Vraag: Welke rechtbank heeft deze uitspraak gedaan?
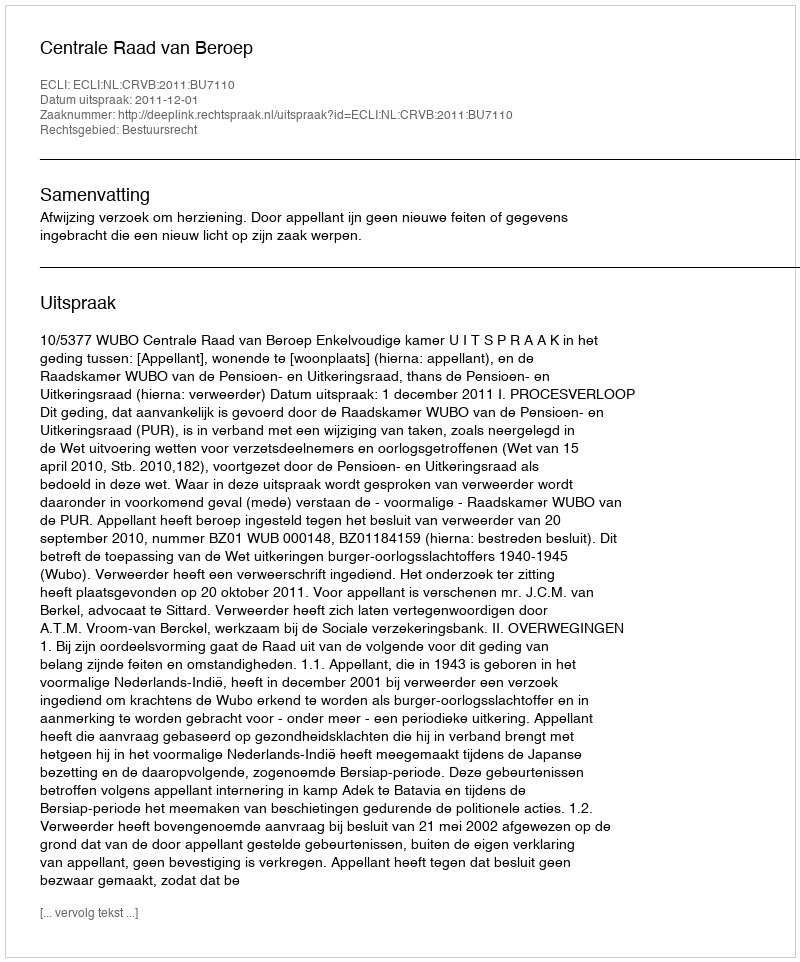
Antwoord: Centrale Raad van Beroep